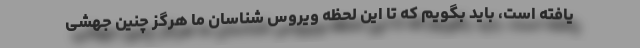
یافته است، باید بگویم که تا این لحظه ویروس شناسان ما هرگز چنین جهشی